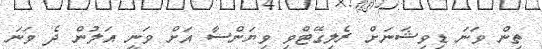
ތިން ވަނަ ޑިވިޝަނަށް ރެލިގޭޓްވި ވިޔަންސާ އަށް ވަނީ އަލުން ދެ ވަނަ